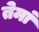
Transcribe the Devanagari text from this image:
तेमां